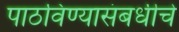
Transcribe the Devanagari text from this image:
पाठविण्यासंबधीचे